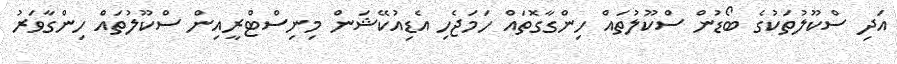
އަދި ސްކޫލުތަކުގެ ބޯޑުން ސްކޫލުތައް ހިންގާގޮތައް ހަމަޖެހި އެޑިއުކޭޝަން މިނިސްޓްރީއިން ސްކޫލުތައް ހިންގާވަރު